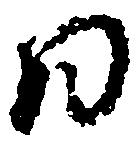
日